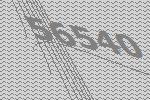
56540